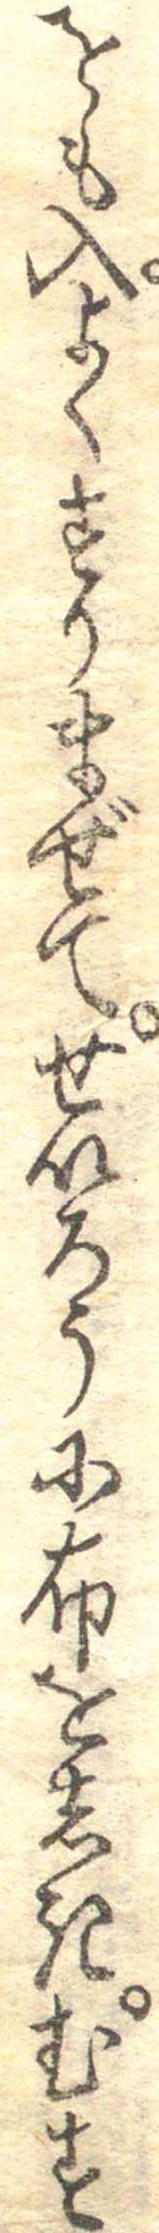
をも入よくすりまぜてせいろうに布をしきむす